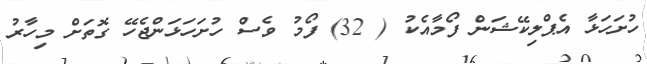
ހުށަހަޅާ އެޕްލިކޭޝަން ފޯމާއެކު ( 32) ފޯމު ވެސް ހުށަހަޅަންޖެހޭ ގޮތަށް މިހާރު